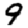
Digit: 9